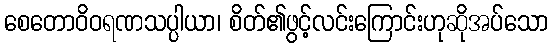
စေတောဝိဝရဏသပ္ပါယာ၊ စိတ်၏ဖွင့်လင်းကြောင်းဟုဆိုအပ်သော